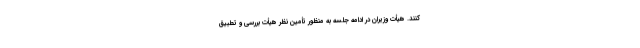
کنند. هیأت وزیران در ادامه جلسه به منظور تأمین نظر هیأت بررسی و تطبیق